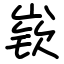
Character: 嵚